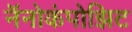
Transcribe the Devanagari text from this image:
नॅनोकंपोझिट